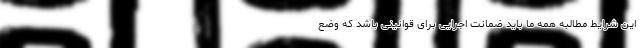
این شرایط مطالبه همه ما باید ضمانت اجرایی برای قوانینی باشد که وضع